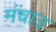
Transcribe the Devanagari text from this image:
मंचाउ